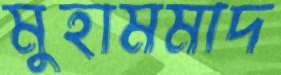
মুহামমাদ